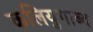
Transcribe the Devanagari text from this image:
कलियुगाब्द